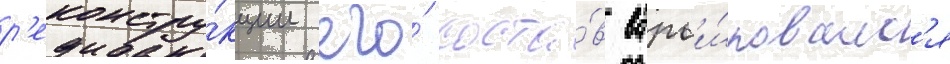
р'еконстру́кции его́ соста́в варьи́ровалс'я